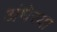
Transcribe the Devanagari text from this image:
अंधेरया